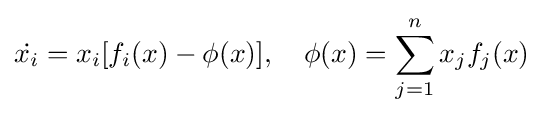
{\dot {x_{i}}}=x_{i}[f_{i}(x)-\phi (x)],\quad \phi (x)=\sum _{j=1}^{n}{x_{j}f_{j}(x)}